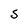
Character: 5